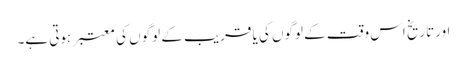
اورتاریخ اس وقت کے لوگوں کی یا قریب کے لوگوں کی معتبر ہوتی ہے۔